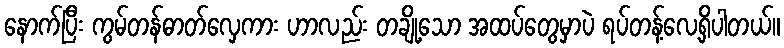
နောက်ပြီး ကွမ်တန်ဓာတ်လှေကား ဟာလည်း တချို့သော အထပ်တွေမှာပဲ ရပ်တန့်လေ့ရှိပါတယ်။